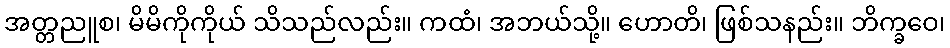
အတ္တညူစ၊ မိမိကိုကိုယ် သိသည်လည်း။ ကထံ၊ အဘယ်သို့။ ဟောတိ၊ ဖြစ်သနည်း။ ဘိက္ခဝေ၊